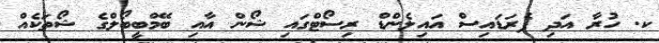
ކ. ހުރާ އަދި ޕެރަޑައިސް އައިލެންޑް ރިސޯޓްގައި ޝޯން އާއި ބޭމްބީބޯލްގެ ޝޯތަކެއް